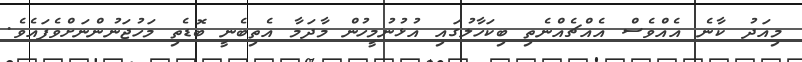
މިއަދު ކާނެ އެއްވެސް އެއްޗެއްނެތި ބިކަހާލުގައި އުޅުނުމީހުން މާދަމާ އެތިބެނީ ބޮޑެތި މަހުޖަނުންނަށްވެފައެވެ.